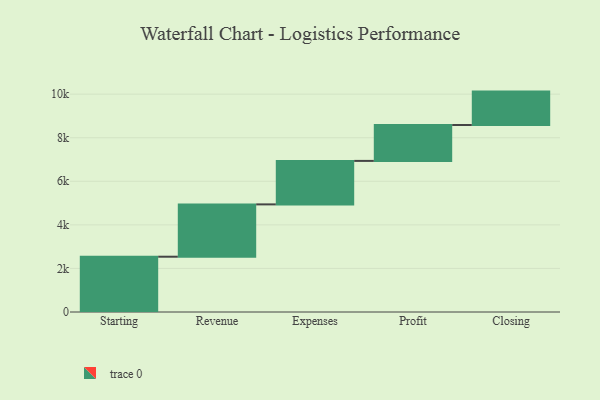
{"axis": {"x": "Step", "y": "Value"}, "legend": [""], "data": [{"x": "Starting", "y": 2538.0, "type": ""}, {"x": "Revenue", "y": 2402.0, "type": ""}, {"x": "Expenses", "y": 1996.0, "type": ""}, {"x": "Profit", "y": 1647.0, "type": ""}, {"x": "Closing", "y": 1534.0, "type": ""}]}